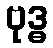
ဗုဒ္ဓ